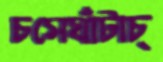
চসেঘাঁটাচ্